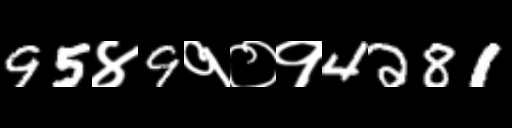
Text: 95४9१०१4281